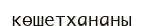
көшетхананы